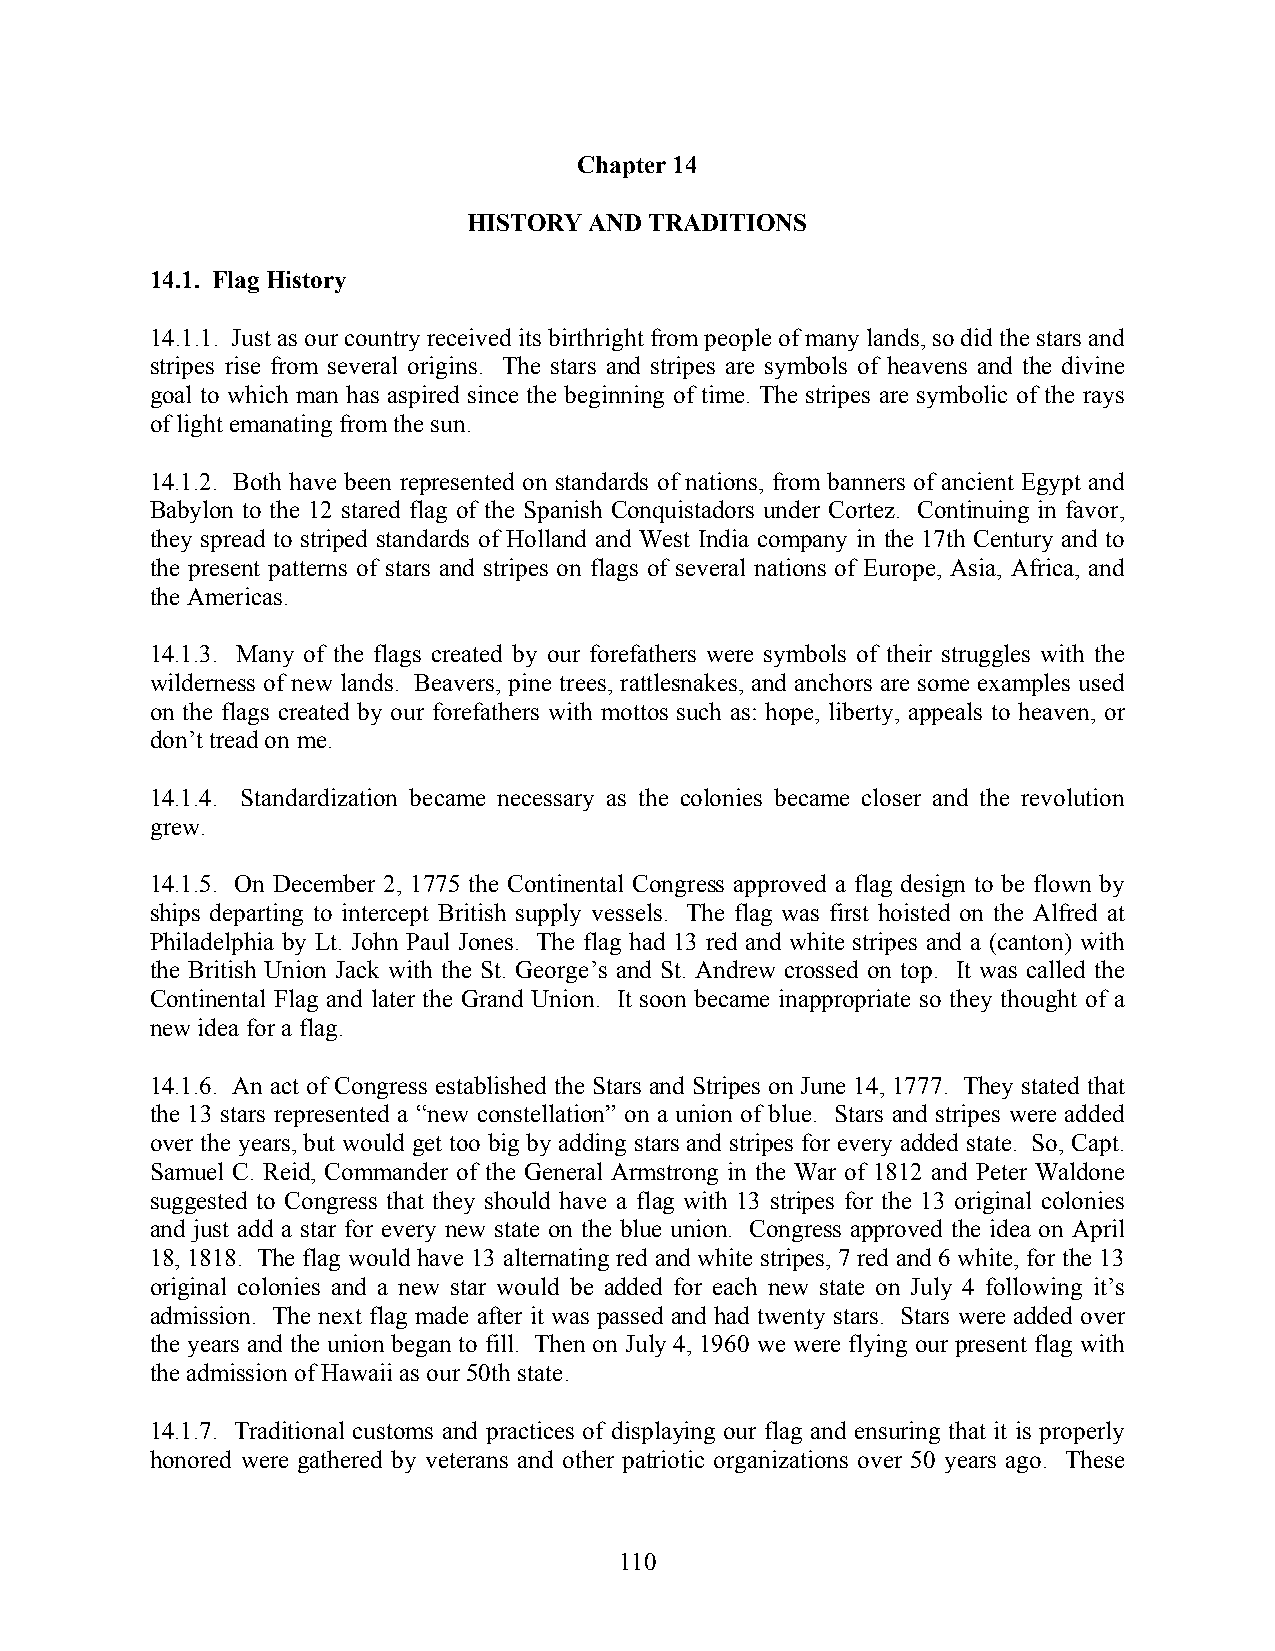
Chapter 14
 HISTORY AND TRADITIONS
 14.1. Flag History
 14.1.1. Just as our country received its birthright from people of many lands, so did the stars and
 stripes rise from several origins. The stars and stripes are symbols of heavens and the divine
 goal to which man has aspired since the beginning of time. The stripes are symbolic of the rays
 of light emanating from the sun.
 14.1.2. Both have been represented on standards of nations, from banners of ancient Egypt and
 Babylon to the 12 stared flag of the Spanish Conquistadors under Cortez. Continuing in favor,
 they spread to striped standards of Holland and West India company in the 17th Century and to
 the present patterns of stars and stripes on flags of several nations of Europe, Asia, Africa, and
 the Americas.
 14.1.3. Many of the flags created by our forefathers were symbols of their struggles with the
 wilderness of new lands. Beavers, pine trees, rattlesnakes, and anchors are some examples used
 on the flags created by our forefathers with mottos such as: hope, liberty, appeals to heaven, or
 don’t tread on me.
 14.1.4. Standardization became necessary as the colonies became closer and the revolution
 grew.
 14.1.5. On December 2, 1775 the Continental Congress approved a flag design to be flown by
 ships departing to intercept British supply vessels. The flag was first hoisted on the Alfred at
 Philadelphia by Lt. John Paul Jones. The flag had 13 red and white stripes and a (canton) with
 the British Union Jack with the St. George’s and St. Andrew crossed on top. It was called the
 Continental Flag and later the Grand Union. It soon became inappropriate so they thought of a
 new idea for a flag.
 14.1.6. An act of Congress established the Stars and Stripes on June 14, 1777. They stated that
 the 13 stars represented a “new constellation” on a union of blue. Stars and stripes were added
 over the years, but would get too big by adding stars and stripes for every added state. So, Capt.
 Samuel C. Reid, Commander of the General Armstrong in the War of 1812 and Peter Waldone
 suggested to Congress that they should have a flag with 13 stripes for the 13 original colonies
 and just add a star for every new state on the blue union. Congress approved the idea on April
 18, 1818. The flag would have 13 alternating red and white stripes, 7 red and 6 white, for the 13
 original colonies and a new star would be added for each new state on July 4 following it’s
 admission. The next flag made after it was passed and had twenty stars. Stars were added over
 the years and the union began to fill. Then on July 4, 1960 we were flying our present flag with
 the admission of Hawaii as our 50th state.
 14.1.7. Traditional customs and practices of displaying our flag and ensuring that it is properly
 honored were gathered by veterans and other patriotic organizations over 50 years ago. These
 110